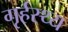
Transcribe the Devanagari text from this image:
गृर्हस्थ्य